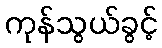
ကုန်သွယ်ခွင့်